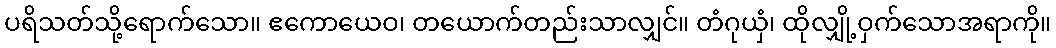
ပရိသတ်သို့ရောက်သော။ ဧကောယေဝ၊ တယောက်တည်းသာလျှင်။ တံဂုယှံ၊ ထိုလျှို့ဝှက်သောအရာကို။